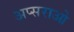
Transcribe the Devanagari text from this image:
अप्सराओ